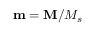
\mathbf { m } = \mathbf { M } / M _ { s }